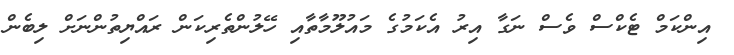
އިންކަމް ޓެކްސް ވެސް ނަގާ އިރު އެކަމުގެ މައުލޫމާތާއި ހޭލުންތެރިކަން ރައްޔިތުންނަށް ލިބެން